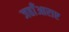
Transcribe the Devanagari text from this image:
जहाँआराए